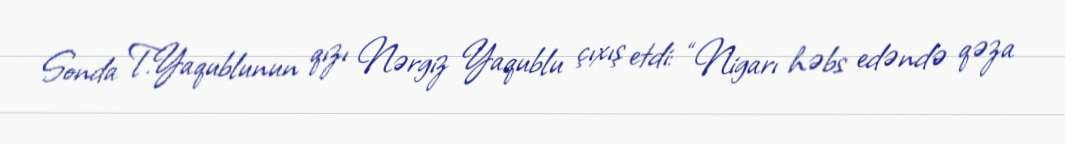
Sonda T.Yaqublunun qızı Nərgiz Yaqublu çıxış etdi: “Nigarı həbs edəndə qəza